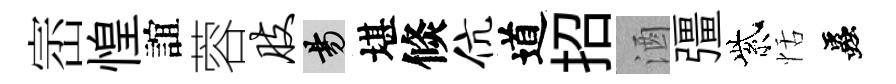
崈惶誼蓉肢昜堪倐伉道招酒彊紫恬蟲